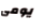
يومى